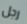
رجل